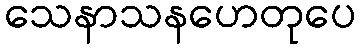
သေနာသနဟေတုပေ